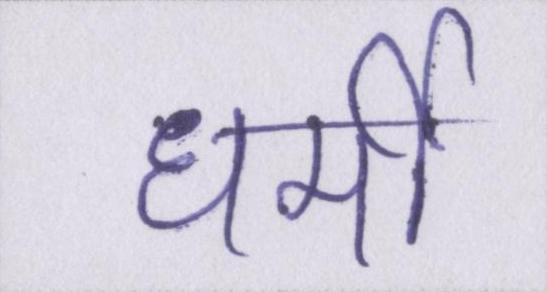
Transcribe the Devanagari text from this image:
धर्मी